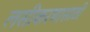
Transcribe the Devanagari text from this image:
लसीकरणासाठी